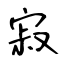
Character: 寂